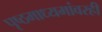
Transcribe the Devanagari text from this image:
पृष्ठमाध्यमांवरही